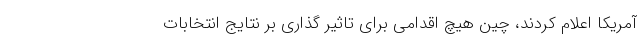
آمریکا اعلام کردند، چین هیچ اقدامی برای تاثیر گذاری بر نتایج انتخابات